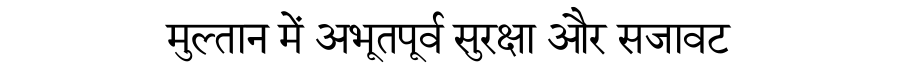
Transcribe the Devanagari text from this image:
मुल्तान में अभूतपूर्व सुरक्षा और सजावट